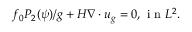
f _ { 0 } P _ { 2 } ( \psi ) / g + H \nabla \cdot u _ { g } = 0 , \mathrm { ~ i ~ n ~ } L ^ { 2 } .